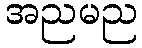
အညမည